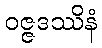
ဝဇ္ဇဒဿိနံ